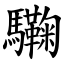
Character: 驧